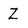
Character: Z